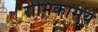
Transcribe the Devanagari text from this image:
रोमिकामय